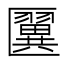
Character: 𠥦